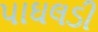
પાઘલડી